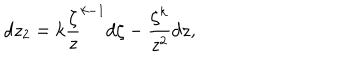
d z _ { 2 } = k \frac { \zeta } { z } ^ { k - 1 } d \zeta - \frac { \zeta ^ { k } } { z ^ { 2 } } d z ,